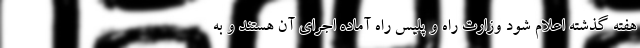
هفته گذشته اعلام شود وزارت راه و پلیس راه آماده اجرای آن هستند و به